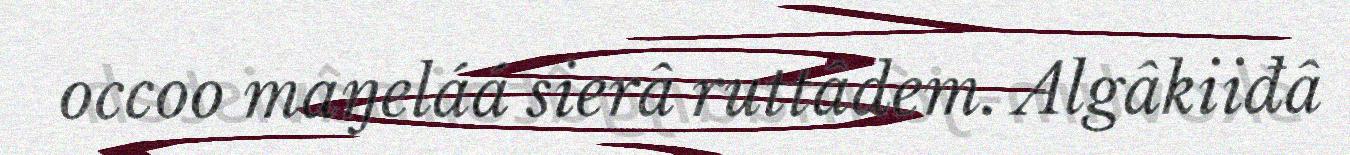
occoo maŋeláá sierâ ruttâdem. Algâkiiđâ